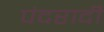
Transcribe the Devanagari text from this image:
पंदरादी